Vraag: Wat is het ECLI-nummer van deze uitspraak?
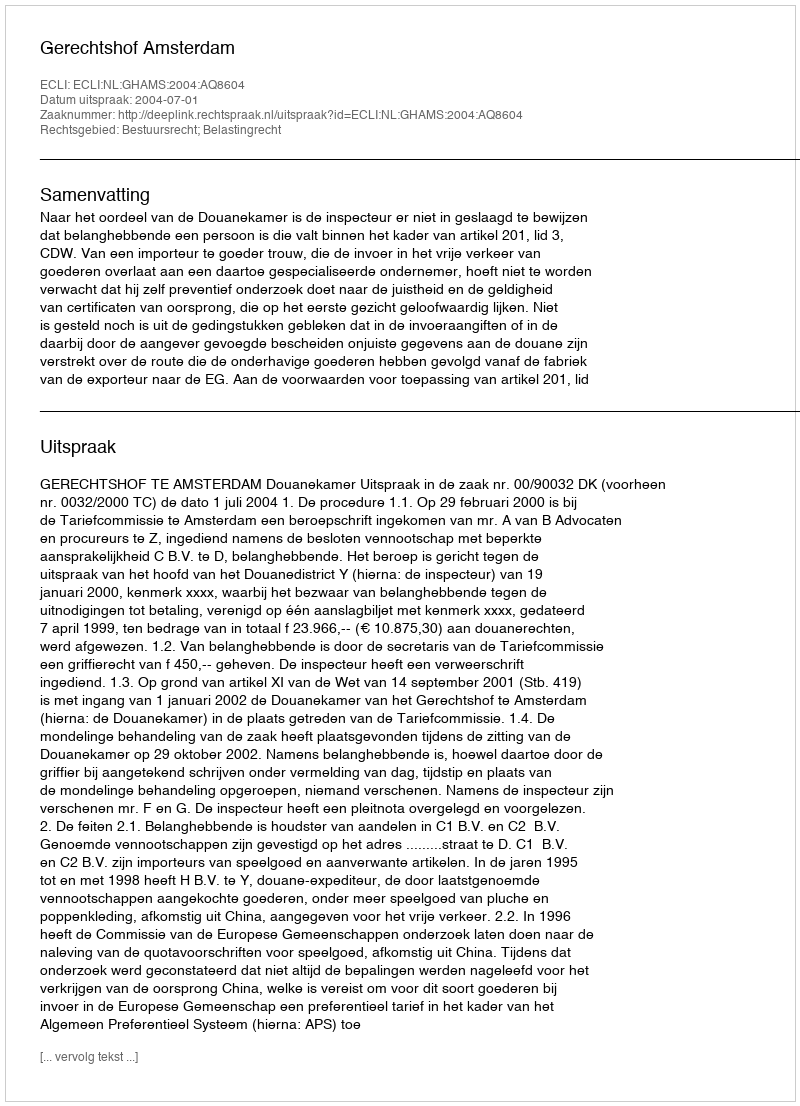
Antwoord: ECLI:NL:GHAMS:2004:AQ8604